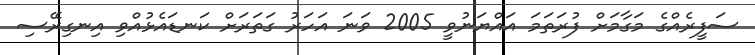
ސަފީރެއްގެ މަގާމަށް ފުރަތަމަ އައްޔަނުވީ 2005 ވަނަ އަހަރު ގަތަރަށް ކަނޑައެޅުއްވި އިނގިރޭސި